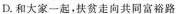
D. 和大家一起，扶贫走向共同富裕路